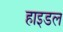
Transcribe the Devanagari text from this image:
हाइडल